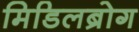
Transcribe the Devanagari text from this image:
मिडिलब्रोग